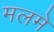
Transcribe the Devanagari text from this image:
मलमे